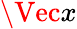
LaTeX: \Vec{x}